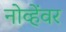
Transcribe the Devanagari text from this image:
नोव्हेंवर